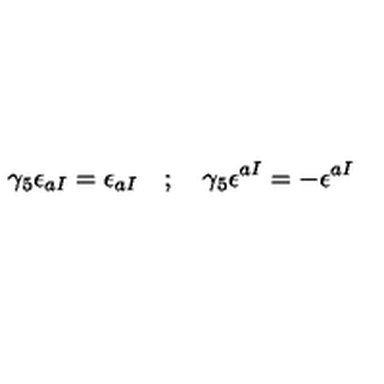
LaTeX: \gamma _ { 5 } \epsilon _ { a I } = \epsilon _ { a I } \quad ; \quad \gamma _ { 5 } \epsilon ^ { a I } = - \epsilon ^ { a I }